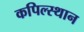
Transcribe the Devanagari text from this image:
कपिल्स्थान